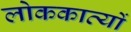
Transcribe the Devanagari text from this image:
लोककाव्यों